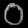
Digit: ၀